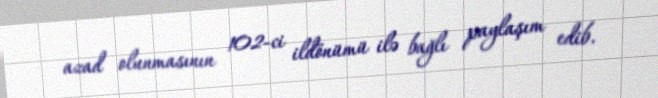
azad olunmasının 102-ci ildönümü ilə bağlı paylaşım edib.